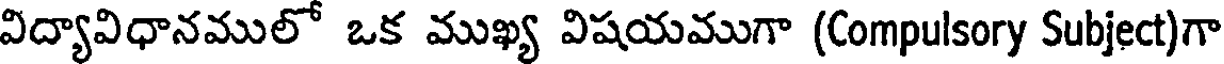
విద్యావిధానములో ఒక ముఖ్య విషయముగా (Compulsory Subject)గా